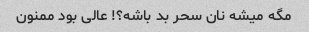
مگه میشه نان سحر بد باشه؟! عالی بود ممنون